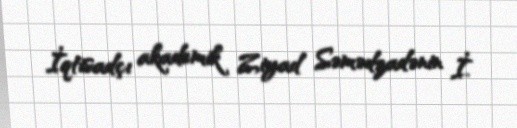
İqtisadçı akademik Ziyad Səmədzadənin İ.